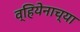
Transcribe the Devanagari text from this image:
व्हियेनाच्या